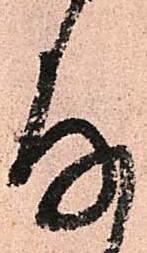
存